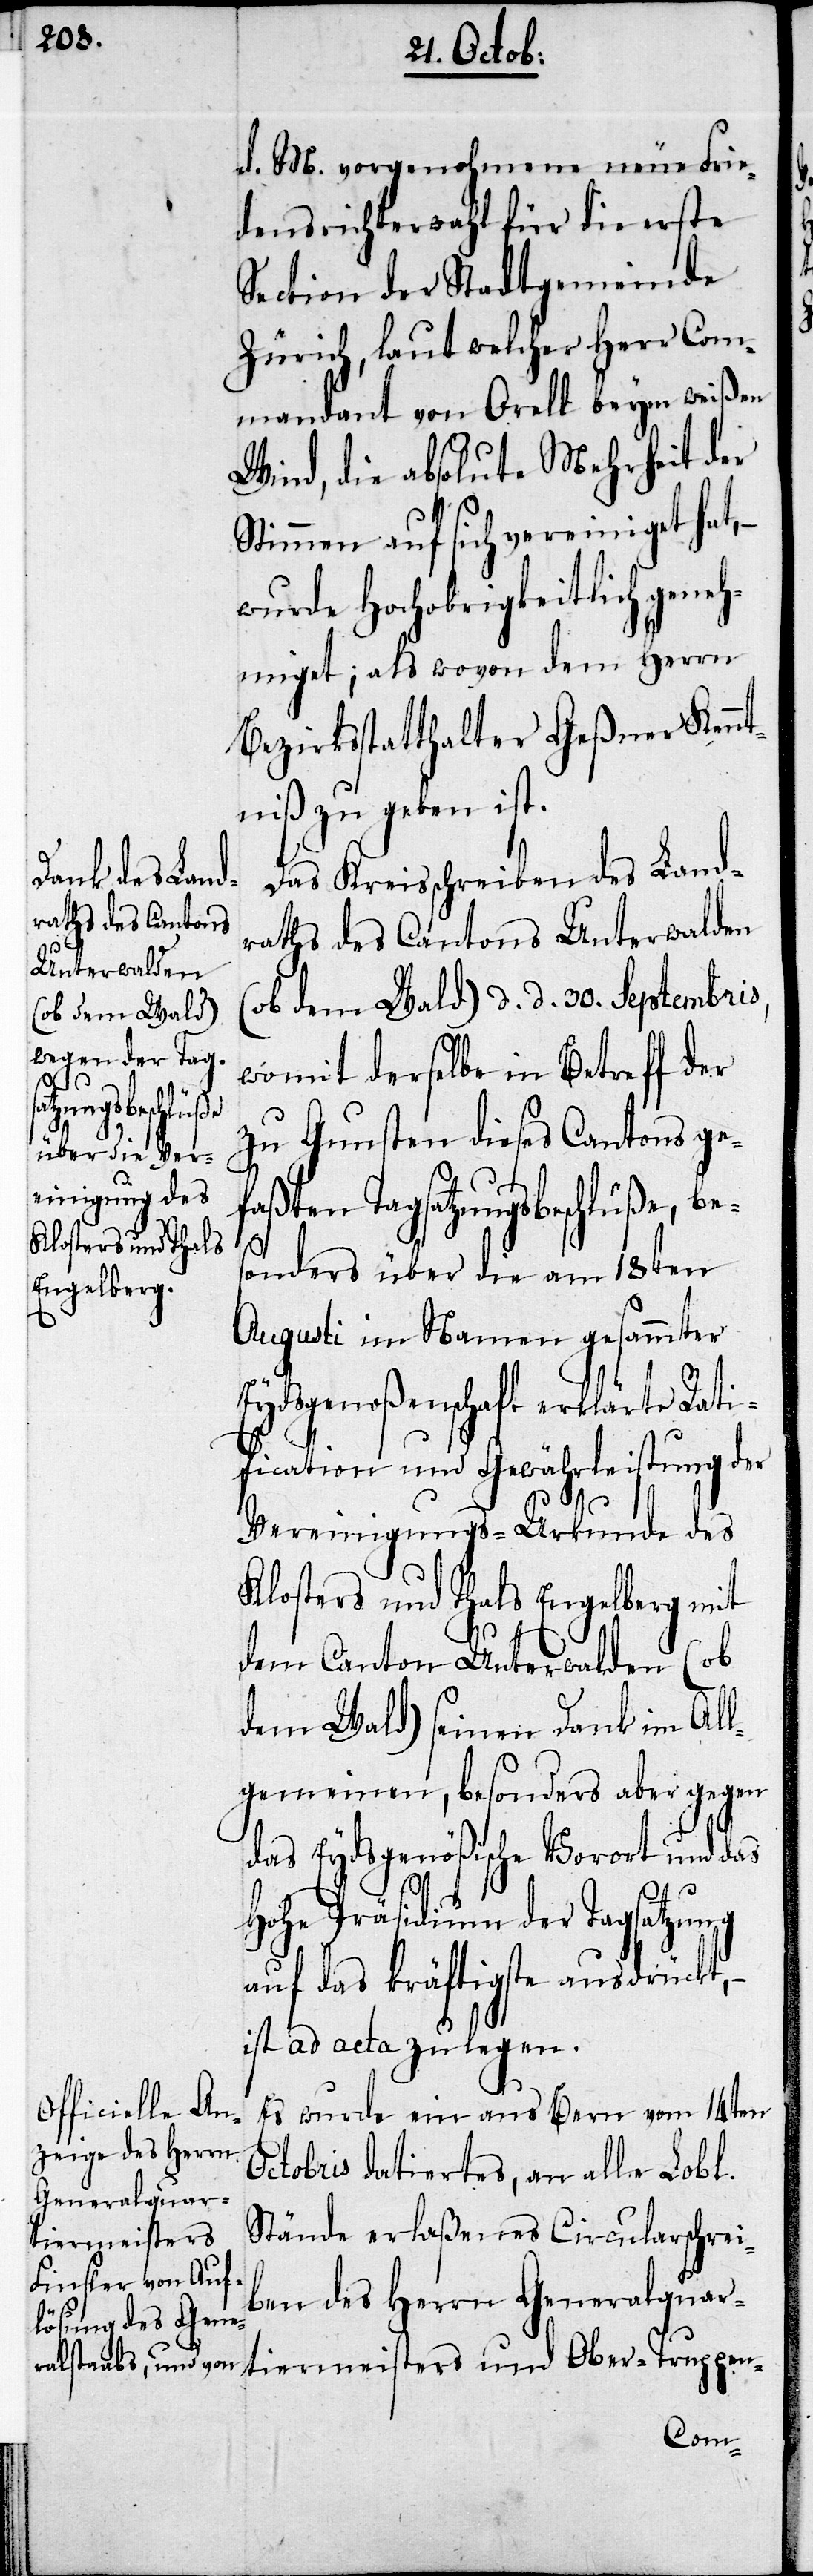
d. M. vorgenohmene neue Frie¬
denrichterwahl für die erste
Section der Stadtgemeinde
Zürich, laut welcher Herr Com¬
mandant von Orell beym weißen
Wind, die absolute Mehrheit der
Stimmen auf sich vereiniget hat,
wurde Hochobrigkeitlich gene¬
hmiget; als wovon dem Herrn
Bezirksstatthalter Geßner Kennt¬
niß zu geben ist.
Das Kreisschreiben des Landr¬
aths des Cantons Unterwalden
(ob dem Wald) d. d. 30. Septembris,
womit derselbe in Betreff der
zu Gunsten dieses Cantons ge¬
faßten Tagsatzungsbeschlüße, be¬
sonders über die am 18ten
Augusti im Namen gesammter
Eydsgenoßenschaft erklärte Rati¬
fication und Gewährleistung der
Vereinigungs-Urkunde des
Klosters und Thals Engelberg mit
dem Canton Unterwalden (ob
dem Wald) seinen Dank im All¬
gemeinen, besonders aber gegen
das Eydsgenößische Vorort und das
Hohe Präsidium der Tagsatzung
auf das kräftigste ausdrückt, –
ist ad acta zu legen.
Es wurde ein aus Bern vom 14ten
Octobris datiertes, an alle Lobl.
Stände erlaßenes Circularschrei¬
ben des Herrn Generalquar¬
tiermeisters und Ober-Truppen-